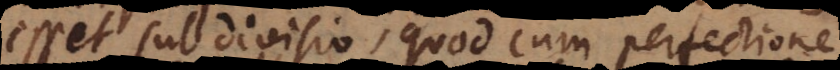
esset subdivisio, quod cum perfectione